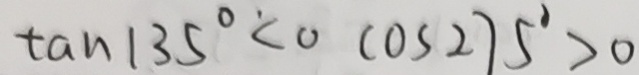
\tan 1 3 5 ^ { \circ ^ { . } } < 0 \cos 2 7 5 ^ { \circ } > 0